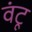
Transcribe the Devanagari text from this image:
वंटू